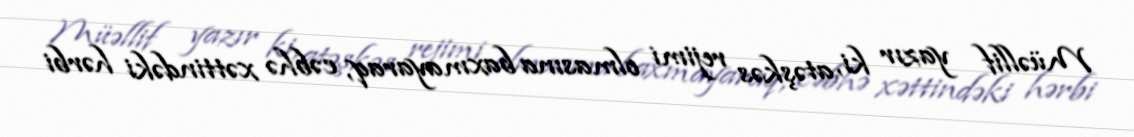
Müəllif yazır ki, atəşkəs rejimi olmasına baxmayaraq, cəbhə xəttindəki hərbi